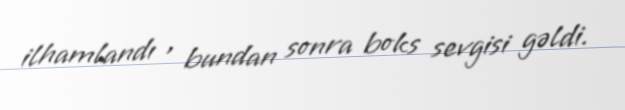
ilhamlandı , bundan sonra boks sevgisi gəldi.